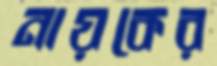
নায়কের